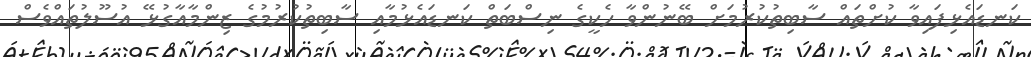
ކަނޑައެޅިފައިވާ ކުށްތައް ސާބިތުކުރުމަށް ބޭނުންވާ ހެކީގެ ނިސްބަތް ކަނޑައެޅުމާއި ސާބިތުކުރުމުގެ ޒިންމާއާގުޅޭ އުސޫލުތައްވެސް